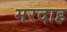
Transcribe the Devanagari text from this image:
मरदाह